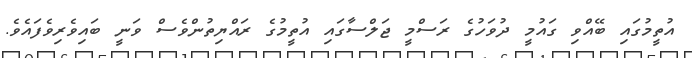
އުތީމުގައި ބޭއްވި ގައުމީ ދުވަހުގެ ރަސްމީ ޖަލްސާގައި އުތީމުގެ ރައްޔިތުންވެސް ވަނީ ބައިވެރިވެފައެވެ.